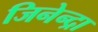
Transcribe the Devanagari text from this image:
जिनेन्द्रा